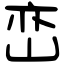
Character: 峦